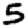
Digit: 5